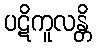
ပဋိကူလန္တိ